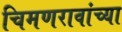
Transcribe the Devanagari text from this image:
चिमणरावांच्या